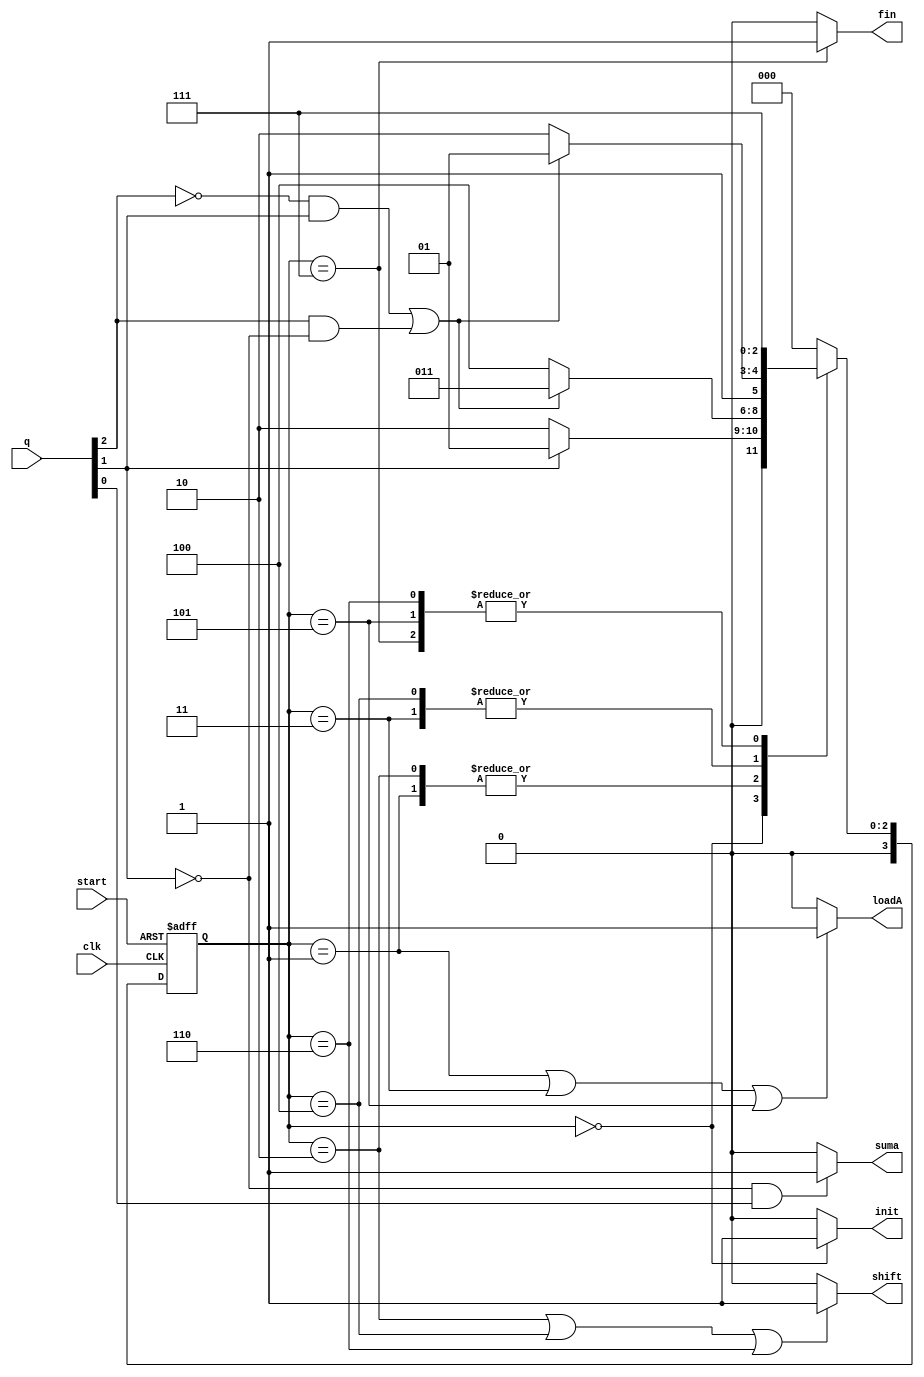
//vim: set syntax=verilog
`timescale 1 ns / 10 ps
module unidad_control(input wire start, clk, input wire [2:0] q, output wire fin, shift, suma, init, loadA);

reg [3:0] currentstate, nextstate;

//Parameters
parameter S0 = 4'b0000;  ///>
parameter S1 = 4'b0001;
parameter S2 = 4'b0010;
parameter S3 = 4'b0011;
parameter S4 = 4'b0100;
parameter S5 = 4'b0101;
parameter S6 = 4'b0110;
parameter S7 = 4'b0111;
parameter S8 = 4'b1000;
parameter S9 = 4'b1001;
parameter S10 = 4'b1010;
parameter S11 = 4'b1011;
parameter S12 = 4'b1100;
parameter S13 = 4'b1101;
parameter S14 = 4'b1110;

parameter S15 = 4'b1110;
parameter S16 = 4'b1111;
//parameter Reset = 4'b1111;

always @ (posedge clk, posedge start)
begin
	if (start)
	begin
		currentstate <= S0;
	end
	else
		currentstate <= nextstate;
end


always @ (*)
	case (currentstate)

		S0: 
			if (q[1])
				nextstate = S1;
			else
				nextstate = S2;

		S1:
			if ((~q[2] & q[1]) | (q[2] & ~q[1]))
				nextstate = S3;
			else
				nextstate = S4;

		S2:
			if ((~q[2] & q[1]) | (q[2] & ~q[1]))
				nextstate = S3;
			else
				nextstate = S4;

		S3:
			if ((~q[2] & q[1]) | (q[2] & ~q[1]))
				nextstate = S5;
			else
				nextstate = S6;

		S4:
			if ((~q[2] & q[1]) | (q[2] & ~q[1]))
				nextstate = S5;
			else
				nextstate = S6;

		S5:
			nextstate = S7;

		S6:
			nextstate = S7;

		S7:
			nextstate = S7;

		default:
			nextstate = S0;
		endcase


		assign init = (currentstate == (S0)) ? 1:0;
		assign shift = (currentstate == S2 | currentstate == S4 | currentstate == S6) ? 1:0;
		assign loadA = (currentstate == S1| currentstate == S3 | currentstate == S5) ? 1:0;
		assign suma = (~q[1] & q[0]) ? 1:0;
		assign fin = (currentstate == S7) ? 1:0;

endmodule